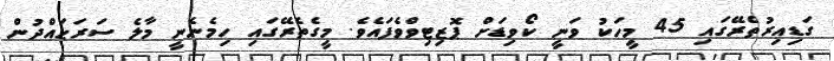
ގަޑިއިރުތެރޭގައި 45 މީހަކު ވަނީ ކޯވިޑަށް ޕޮޒިޓިވްވެފައެވެ. މީގެތެރޭގައި ހިމެނެނީ މާލެ ސަރަޙައްދުން